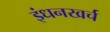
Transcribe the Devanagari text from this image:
इंधनखर्च